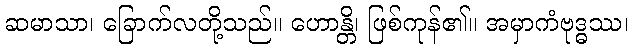
ဆမာသာ၊ ခြောက်လတို့သည်။ ဟောန္တိ၊ ဖြစ်ကုန်၏။ အမှာကံဗုဒ္ဓဿ၊